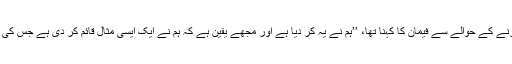
تارکین وطن کی یومیہ حد مقرر کرنے کے حوالے سے فیمان کا کہنا تھا، ’’ہم نے یہ کر دیا ہے اور مجھے یقین ہے کہ ہم نے ایک ایسی مثال قائم کر دی ہے جس کی تقلید عنقریب جرمنی بھی کرے گا۔